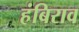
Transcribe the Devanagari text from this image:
हंबिराव